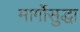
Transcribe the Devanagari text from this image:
मार्गोसुद्धा